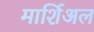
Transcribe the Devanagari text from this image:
मार्शिअल